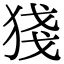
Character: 㹽